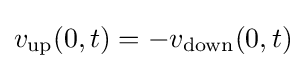
v_{\text{up}}(0,t)=-v_{\text{down}}(0,t)